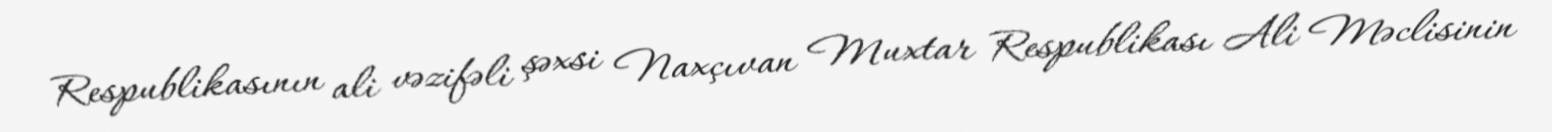
Respublikasının ali vəzifəli şəxsi Naxçıvan Muxtar Respublikası Ali Məclisinin